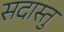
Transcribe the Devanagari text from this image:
सदास्तु